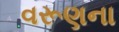
વરૂણના